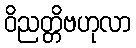
ဝိညတ္တိဗဟုလာ